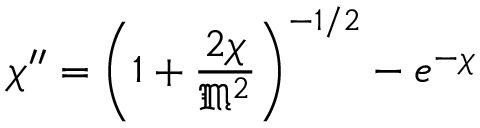
\chi ^ { \prime \prime } = \left( 1 + { \frac { 2 \chi } { { \mathfrak { M } } ^ { 2 } } } \right) ^ { - 1 / 2 } - e ^ { - \chi }